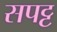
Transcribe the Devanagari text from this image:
सपट्ट